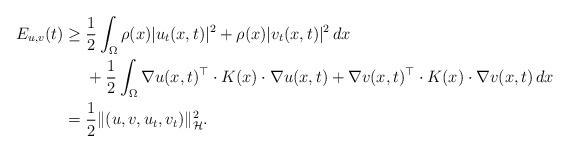
LaTeX: \begin{align*}E_{u,v}(t) \geq {} & \frac{1}{2} \int_{\Omega} \rho(x)|u_t(x,t)|^{2}+\rho(x)|v_t(x,t)|^{2} \, dx\\& {} +{} \frac{1}{2} \int_{\Omega} \nabla u(x,t)^{\top} \cdot K(x) \cdot \nabla u(x,t)+\nabla v(x,t)^{\top} \cdot K(x) \cdot \nabla v(x,t) \, dx \\= {} & \frac{1}{2}\|(u,v,u_t,v_t )\|_{\mathcal{H}}^{2}.\end{align*}